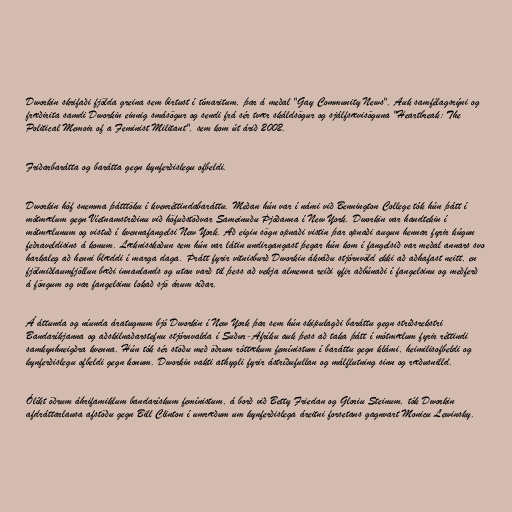
Dworkin skrifaði fjölda greina sem birtust í tímaritum, þar á meðal "Gay Community News". Auk samfélagsrýni og
fræðirita samdi Dworkin einnig smásögur og sendi frá sér tvær skáldsögur og sjálfsævisöguna "Heartbreak: The
Political Memoir of a Feminist Militant", sem kom út árið 2002.

Friðarbarátta og barátta gegn kynferðislegu ofbeldi.

Dworkin hóf snemma þátttöku í kvenréttindabaráttu. Meðan hún var í námi við Bennington College tók hún þátt í
mótmælum gegn Víetnamstríðinu við höfuðstöðvar Sameinuðu Þjóðanna í New York. Dworkin var handtekin í
mótmælunum og vistuð í kvennafangelsi New York. Að eigin sögn opnaði vistin þar opnaði augun hennar fyrir kúgun
feðraveldisins á konum. Læknisskoðun sem hún var látin undirgangast þegar hún kom í fangelsið var meðal annars svo
harkaleg að henni blæddi í marga daga. Þrátt fyrir vitnisburð Dworkin ákváðu stjórnvöld ekki að aðhafast neitt, en
fjölmiðlaumfjöllun bæði innanlands og utan varð til þess að vekja almenna reiði yfir aðbúnaði í fangelsinu og meðferð
á föngum og var fangelsinu lokað sjö árum síðar.

Á áttunda og níunda áratugnum bjó Dworkin í New York þar sem hún skipulagði baráttu gegn stríðsrekstri
Bandaríkjanna og aðskilnaðarstefnu stjórnvalda í Suður-Afríku auk þess að taka þátt í mótmælum fyrir réttindi
samkynhneigðra kvenna. Hún tók sér stöðu með öðrum róttækum femínistum í baráttu gegn klámi, heimilisofbeldi og
kynferðislegu ofbeldi gegn konum. Dworkin vakti athygli fyrir ástríðufullan og málflutning sinn og ræðusnilld.

Ólíkt öðrum áhrifamiklum bandarískum femínistum, á borð við Betty Friedan og Gloriu Steinum, tók Dworkin
afdráttarlausa afstöðu gegn Bill Clinton í umræðum um kynferðislega áreitni forsetans gagnvart Monicu Lewinsky.